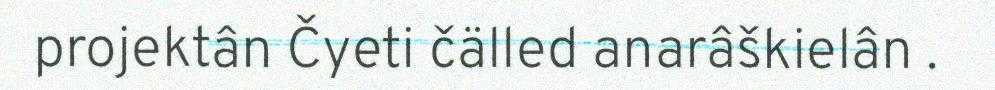
projektân Čyeti čälled anarâškielân .